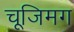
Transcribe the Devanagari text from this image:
चूजिमग